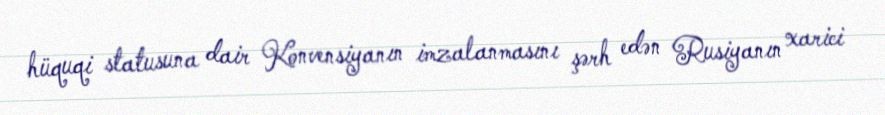
hüquqi statusuna dair Konvensiyanın imzalanmasını şərh edən Rusiyanın xarici